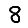
Digit: 8